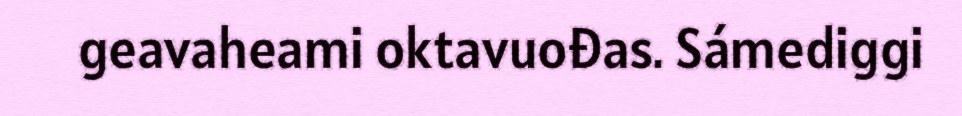
geavaheami oktavuođas. Sámediggi